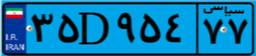
۶۲D۹۱۹۶۴